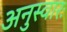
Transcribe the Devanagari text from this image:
अनुस्वारः